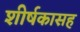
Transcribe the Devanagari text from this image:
शीर्षकासह